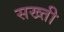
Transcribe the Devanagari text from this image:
सख्‍ती